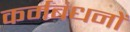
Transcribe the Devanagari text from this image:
कर्मबंधनों